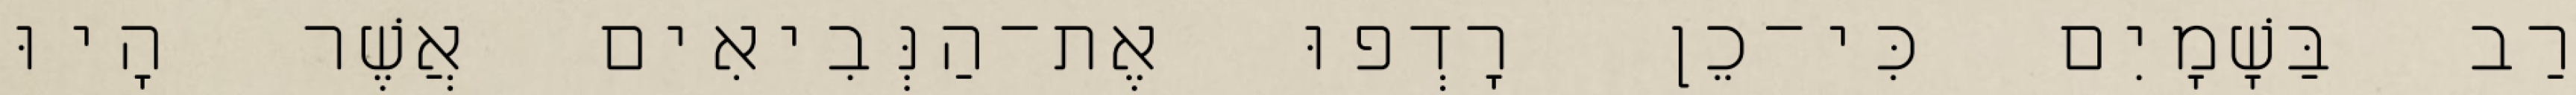
רַב בַּשָׁמָיִם כִּי־כֵן רָדְפוּ אֶת־הַנְּבִיאִים אֲשֶׁר הָיוּ